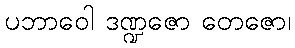
ပဘာဝေါ ဒဏ္ဍဇော တေဇော၊